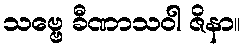
သဗ္ဗေ ခီဏာသဝါ ဇိနာ။